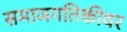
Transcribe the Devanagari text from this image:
समाजगतिकीवर